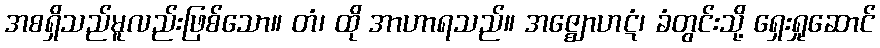
အစရှိသည်မူလည်းဖြစ်သော။ တံ၊ ထို အာဟာရသည်။ အဇ္ဈောဟဋံ၊ ခံတွင်းသို့ ရှေးရှုဆောင်